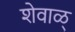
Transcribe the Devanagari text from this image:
शेवाळ्